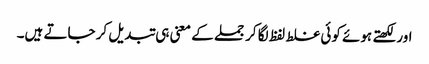
اور لکھتے ہوئے کوئی غلط لفظ لگا کر جملے کے معنی ہی تبدیل کر جاتے ہیں۔